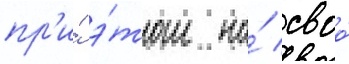
пр'и́ э́том на́ своо́